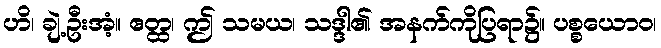
ဟိ၊ ချဲ့ဦးအံ့။ ဧတ္ထ၊ ဤ သမယ၊ သဒ္ဒါ၏ အနက်ကိုပြရာ၌။ ပစ္စယောဝ၊